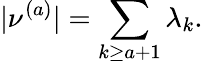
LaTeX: |\nu^{(a)}|=\sum_{k\geq a+1}\lambda_{k}.